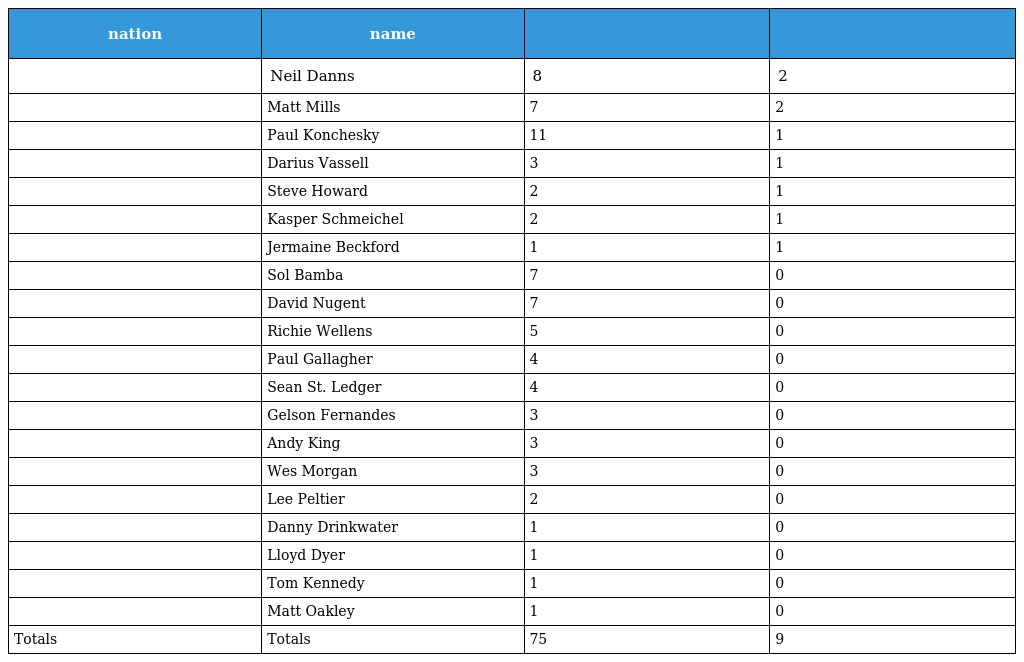
| nation | name |  |  |
 | --- | --- | --- | --- |
 |  | Neil Danns | 8 | 2 |
 |  | Matt Mills | 7 | 2 |
 |  | Paul Konchesky | 11 | 1 |
 |  | Darius Vassell | 3 | 1 |
 |  | Steve Howard | 2 | 1 |
 |  | Kasper Schmeichel | 2 | 1 |
 |  | Jermaine Beckford | 1 | 1 |
 |  | Sol Bamba | 7 | 0 |
 |  | David Nugent | 7 | 0 |
 |  | Richie Wellens | 5 | 0 |
 |  | Paul Gallagher | 4 | 0 |
 |  | Sean St. Ledger | 4 | 0 |
 |  | Gelson Fernandes | 3 | 0 |
 |  | Andy King | 3 | 0 |
 |  | Wes Morgan | 3 | 0 |
 |  | Lee Peltier | 2 | 0 |
 |  | Danny Drinkwater | 1 | 0 |
 |  | Lloyd Dyer | 1 | 0 |
 |  | Tom Kennedy | 1 | 0 |
 |  | Matt Oakley | 1 | 0 |
 | Totals | Totals | 75 | 9 |